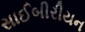
સાઈબીરીયન